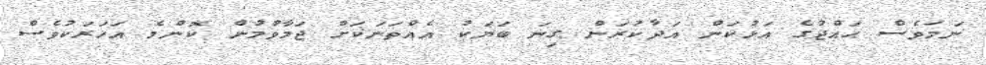
ނަމަވެސް ޙައްޖުގެ އަޅުކަން އަދާކުރަން ގިނަ ބަޔަކު އެއްތަނަކަށް ޖަމާވުމުން ކޮންމެ އަހަރަކުވެސް